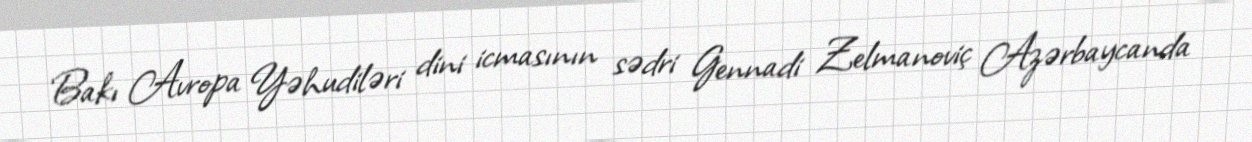
Bakı Avropa Yəhudiləri dini icmasının sədri Gennadi Zelmanoviç Azərbaycanda